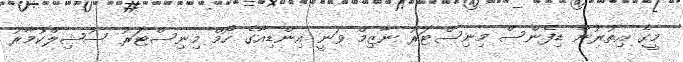
މީގެ އިތުރުން ޑިފެންސް މިނިސްޓަރު ނާޒިމް ވަނީ އިންޑިއާގެ ހޯމް މިނިސްޓަރު ސުޝިލްކުމާރު